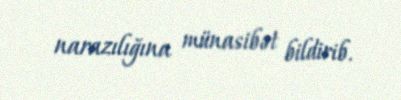
narazılığına münasibət bildirib.